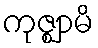
ကုဇ္ဈာမိ